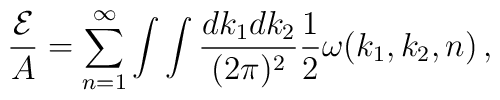
{{\cal E}\over A}=\sum_{n=1}^{\infty}\int\int{dk_1dk_2\over (2\pi)^2}{1\over2}\omega(k_1,k_2,n)\,,